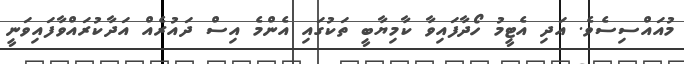
މުއައްސިސެވެ. އަދި އެޓީމު ހޯދާފައިވާ ކާމިޔާބީ ތަކުގައި އެންމެ އިސް ދައުރެއް އަދާކުރައްވާފައިވަނީ